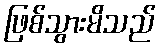
ဖြစ်သွားမိသည်